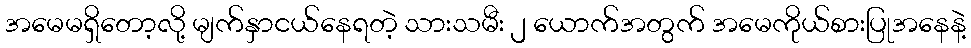
အမေမရှိတော့လို့ မျက်နှာငယ်နေရတဲ့ သားသမီး ၂ ယောက်အတွက် အမေကိုယ်စားပြုအနေနဲ့